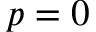
p = 0